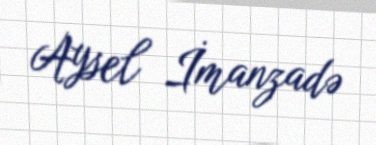
Aysel İmanzadə